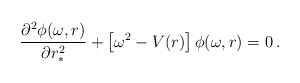
\begin{align*}\frac{\partial^{2} \phi(\omega,r)}{\partial r_*^{2}} +\left\lbrack\omega^2-V(r)\right\rbrack\phi(\omega,r)=0 \,.\end{align*}